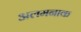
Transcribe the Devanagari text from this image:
अलमनाक